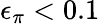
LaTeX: \epsilon_{\pi}<0.1